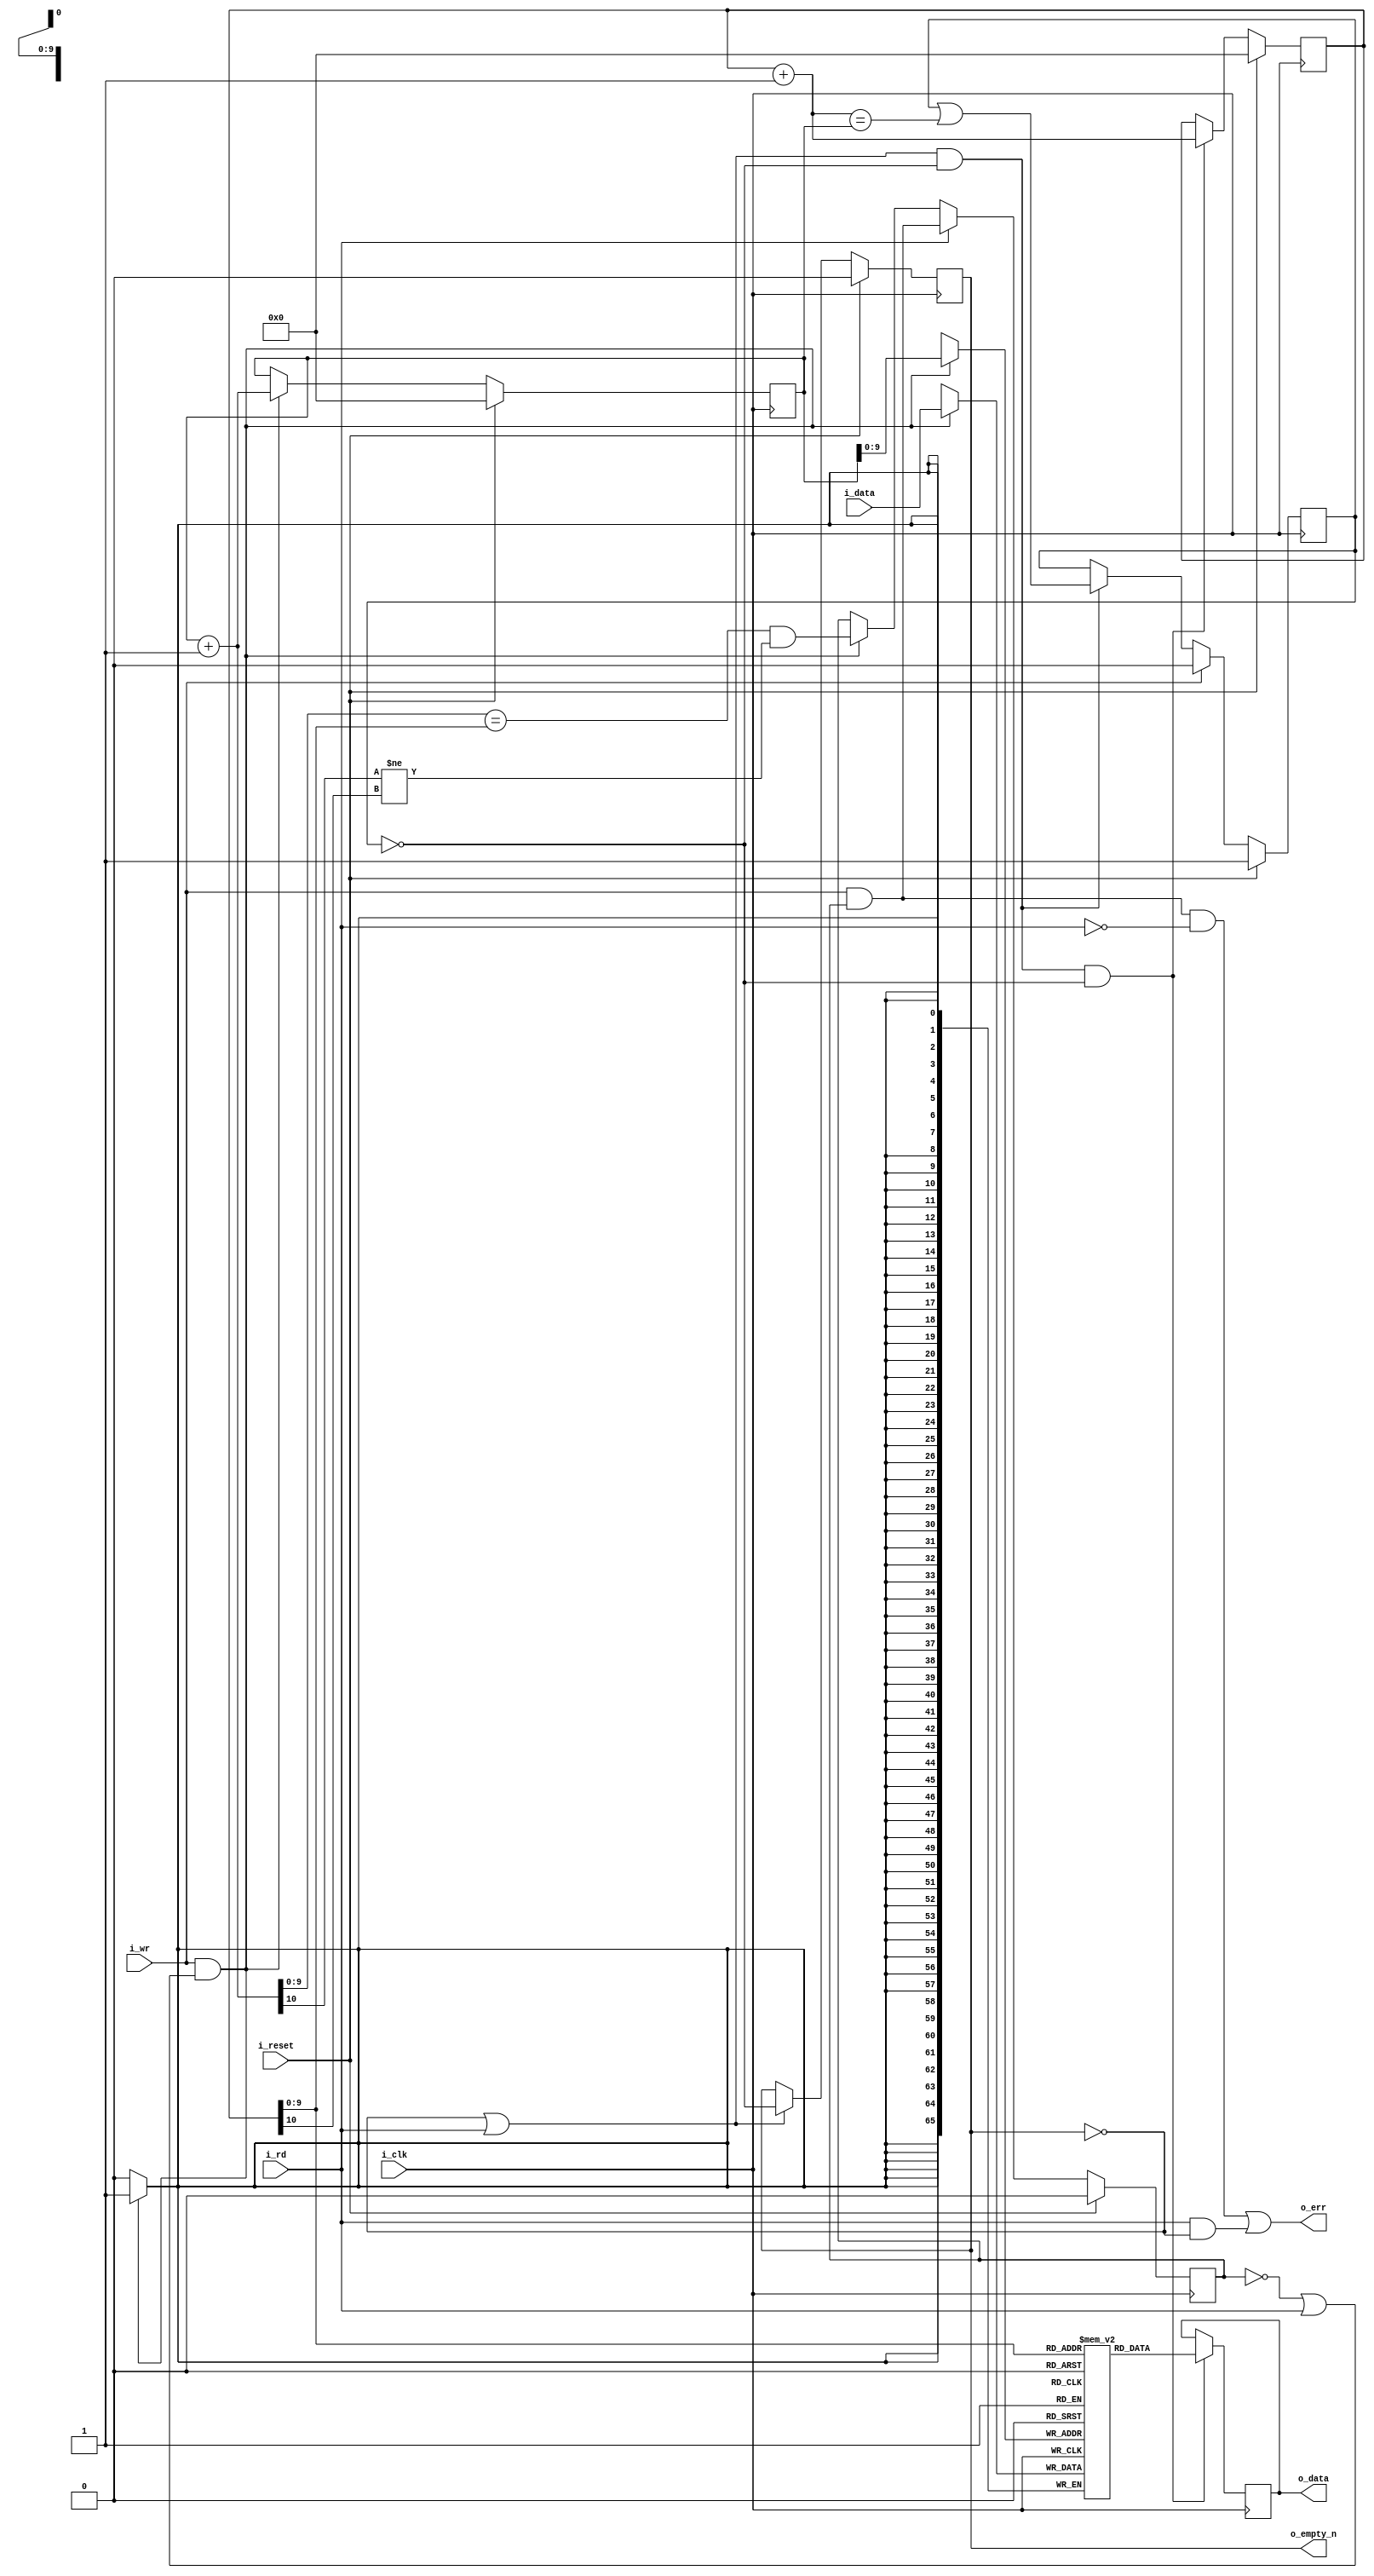
////////////////////////////////////////////////////////////////////////////////
//
//
// Project:	OpenArty, an entirely open SoC based upon the Arty platform
//
// Purpose:	This was once a FIFO for a UART ... but now it works as a
//		synchronous FIFO for JTAG-wishbone conversion 36-bit codewords. 
//
//
// Creator:	Dan Gisselquist, Ph.D.
//		Gisselquist Technology, LLC
//
////////////////////////////////////////////////////////////////////////////////
//
// Copyright (C) 2015-2020, Gisselquist Technology, LLC
//
// This program is free software (firmware): you can redistribute it and/or
// modify it under the terms of  the GNU General Public License as published
// by the Free Software Foundation, either version 3 of the License, or (at
// your option) any later version.
//
// This program is distributed in the hope that it will be useful, but WITHOUT
// ANY WARRANTY; without even the implied warranty of MERCHANTIBILITY or
// FITNESS FOR A PARTICULAR PURPOSE.  See the GNU General Public License
// for more details.
//
// You should have received a copy of the GNU General Public License along
// with this program.  (It's in the $(ROOT)/doc directory.  Run make with no
// target there if the PDF file isn't present.)  If not, see
// <http://www.gnu.org/licenses/> for a copy.
//
// License:	GPL, v3, as defined and found on www.gnu.org,
//		http://www.gnu.org/licenses/gpl.html
//
//
////////////////////////////////////////////////////////////////////////////////
//
//
`default_nettype none
//
module wbufifo(i_clk, i_reset, i_wr, i_data, i_rd, o_data, o_empty_n, o_err);
	parameter	BW=66, LGFLEN=10;
	input	wire		i_clk, i_reset;
	input	wire		i_wr;
	input	wire [(BW-1):0]	i_data;
	input	wire		i_rd;
	output	reg [(BW-1):0]	o_data;
	output	reg		o_empty_n;
	output	wire		o_err;

	localparam	FLEN=(1<<LGFLEN);

	reg	[(BW-1):0]	fifo[0:(FLEN-1)];
	reg	[LGFLEN:0]	r_wrptr, r_rdptr;
	wire	[LGFLEN:0]	nxt_wrptr, nxt_rdptr;
	reg			will_overflow,will_underflow, r_empty_n;
	wire			w_write, w_read;

	assign	w_write = (i_wr && (!will_overflow || i_rd));
	assign	w_read  = (i_rd||!o_empty_n) && !will_underflow;

	assign	nxt_wrptr = r_wrptr + 1;
	assign	nxt_rdptr = r_rdptr + 1;

	initial	will_overflow = 1'b0;
	always @(posedge i_clk)
	if (i_reset)
		will_overflow <= 1'b0;
	else if (i_rd)
		will_overflow <= (will_overflow)&&(i_wr);
	else if (w_write)
		will_overflow <= (nxt_wrptr[LGFLEN-1:0] == r_rdptr[LGFLEN-1:0])
			&&(nxt_wrptr[LGFLEN] != r_rdptr[LGFLEN]);
	// else if (nxt_wrptr == r_rdptr)
	//	will_overflow <= 1'b1;

	// Write
	initial	r_wrptr = 0;
	always @(posedge i_clk)
	if (i_reset)
		r_wrptr <= 0;
	else if (w_write)
		r_wrptr <= nxt_wrptr;

	always @(posedge i_clk)
	if (w_write)
		fifo[r_wrptr[LGFLEN-1:0]] <= i_data;

	// Reads
	//	Following a read, the next sample will be available on the
	//	next clock
	//	Clock	ReadCMD	ReadAddr	Output
	//	0	0	0		fifo[0]
	//	1	1	0		fifo[0]
	//	2	0	1		fifo[1]
	//	3	0	1		fifo[1]
	//	4	1	1		fifo[1]
	//	5	1	2		fifo[2]
	//	6	0	3		fifo[3]
	//	7	0	3		fifo[3]
	initial	will_underflow = 1'b1;
	always @(posedge i_clk)
	if (i_reset)
		will_underflow <= 1'b1;
	else if (i_wr)
		will_underflow <= 1'b0;
	else if (w_read)
		will_underflow <= (will_underflow) || (nxt_rdptr==r_wrptr);

	initial	r_rdptr = 0;
	always @(posedge i_clk)
	if (i_reset)
		r_rdptr <= 0;
	else if (w_read && r_empty_n)
		r_rdptr <= r_rdptr + 1;

	always @(posedge i_clk)
	if (w_read && r_empty_n)
		o_data<= fifo[r_rdptr[LGFLEN-1:0]];

	assign	o_err = ((i_wr)&&(will_overflow)&&(!i_rd))
				||(i_rd && !o_empty_n);

	always @(*)
		r_empty_n = !will_underflow;

	initial	o_empty_n = 1'b0;
	always @(posedge i_clk)
	if (i_reset)
		o_empty_n <= 1'b0;
	else if (!o_empty_n || i_rd)
		o_empty_n <= r_empty_n;

`ifdef	FORMAL
// Formal properties for this module are maintained elsewhere
`endif
endmodule